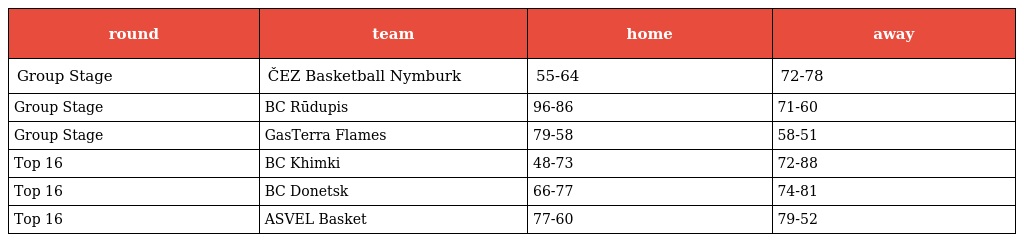
| round | team | home | away |
 | --- | --- | --- | --- |
 | Group Stage | ČEZ Basketball Nymburk | 55-64 | 72-78 |
 | Group Stage | BC Rūdupis | 96-86 | 71-60 |
 | Group Stage | GasTerra Flames | 79-58 | 58-51 |
 | Top 16 | BC Khimki | 48-73 | 72-88 |
 | Top 16 | BC Donetsk | 66-77 | 74-81 |
 | Top 16 | ASVEL Basket | 77-60 | 79-52 |